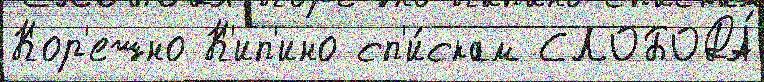
Кор'ешно К'ип'ино сп'и́скам СЛОБОДА́